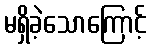
မရှိခဲ့သောကြောင့်